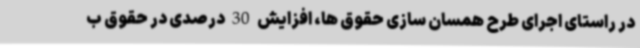
در راستای اجرای طرح همسان سازی حقوق ها، افزایش 30 درصدی در حقوق ب